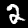
Digit: 2